Code of medical and sanitary regulations for the guidance of medical officers serving in the Madras Presidency - Volume II
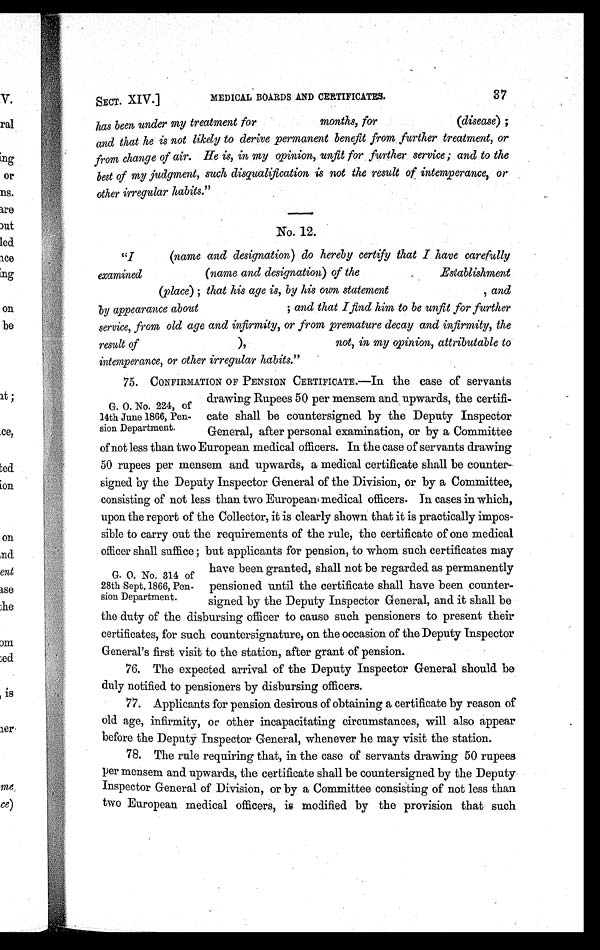
SECT. XIV.]
MEDICAL BOARDS AND CERTIFICATES.
37
has been under my treatment for
months, for
(disease)
;and that he is not likely to derive permanent benefit from further treatment, or
from change of air. He is, in my opinion, unfit for , further service; and to the
best of my judgment, such disqualification is not the result of intemperance, or
other irregular habits."
No. 12.
"I
(name and designation) do hereby certify that I have carefully
examined
(name and designation) of the
Establishment
(place); that his age is, by his own statementand ,
by appearance about
; and that I find him to be unfit for further
service, from old age and infirmity, or from premature decay and infirmity, the
result of
),
not, in my opinion, attributable to
intemperance, or other irregular habits."
75. CONFIRMATION OF PENSION CERTIFICATE.—In the case of servants
drawing Rupees 50 per mensem and. upwards, the certifi-
cate shall be countersigned by the Deputy Inspector
General, after personal examination, or by a Committee
of not less than two European medical officers. In the case of servants drawing
50 rupees per mensem and upwards, a medical certificate shall be counter-
signed by the Deputy Inspector General of the Division, or by a Committee,
consisting of not less than two Europeans medical officers. In cases in which,
upon the report of the Collector, it is clearly shown that it is practically impos-
sible to carry out the requirements of the rule, the certificate of one medical
officer shall suffice ; but applicants for pension, to whom such certificates may
have been granted, shall not be regarded as permanently
pensioned until the certificate shall have been counter-
signed. by the Deputy Inspector General, and it shall be
the duty of the disbursing officer to cause such pensioners to present their
certificates, for such countersignature, on the occasion of the Deputy Inspector
General's first visit to the station, after grant of pension.
76. The expected arrival of the Deputy Inspector General should be
duly notified to pensioners by disbursing officers.
77. Applicants for pension desirous of obtaining a certificate by reason of
old age, infirmity, or other incapacitating circumstances, will also appear
before the Deputy Inspector General, whenever he may visit the station.
78. The rule requiring that, in the case of servants drawing 50 rupees
per mensem and upwards, the certificate shall be countersigned by the Deputy
Inspector General of Division, or by a Committee consisting of not less than
two European medical officers, is modified by the provision that such
G. O. No. 224, of
14th June 1866, Pen-
sion Department.
G. O. No. 314 of
28th Sept. 1866, Pen-
sion Department.